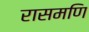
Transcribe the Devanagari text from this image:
रासमणि